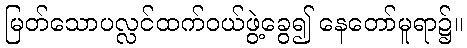
မြတ်သောပလ္လင်ထက်ဝယ်ဖွဲ့ခွေ၍ နေတော်မူရာ၌။